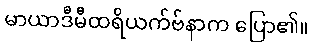
မာယာဒီမီထရိယက်ဗ်နာက ပြော၏။